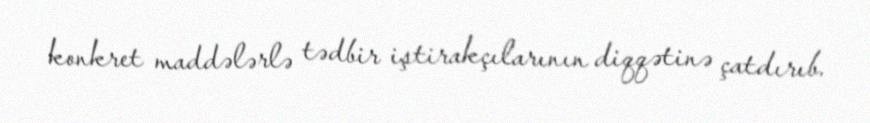
konkret maddələrlə tədbir iştirakçılarının diqqətinə çatdırıb.